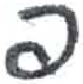
אות: ס